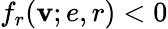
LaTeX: f_{r}(\mathbf{v};e,r)<0